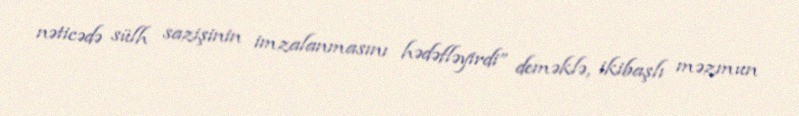
nəticədə sülh sazişinin imzalanmasını hədəfləyirdi” deməklə, ikibaşlı məzmun